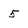
Character: 5